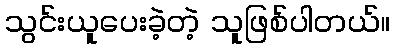
သွင်းယူပေးခဲ့တဲ့ သူဖြစ်ပါတယ်။